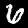
Label: 6